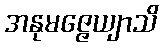
အနုမဇ္ဇေယျာသိ